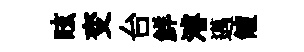
眩变台鮮濬邁饘